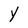
Character: y